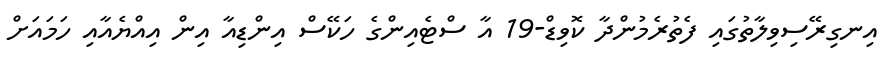
އިނގިރޭސިވިލާތުގައި ފެތުރެމުންދާ ކޮވިޑް-19 އާ ސްޓެއިންގެ ހަކޭސް އިންޑިއާ އިން އިއްޔެއާއި ހަމައަށް